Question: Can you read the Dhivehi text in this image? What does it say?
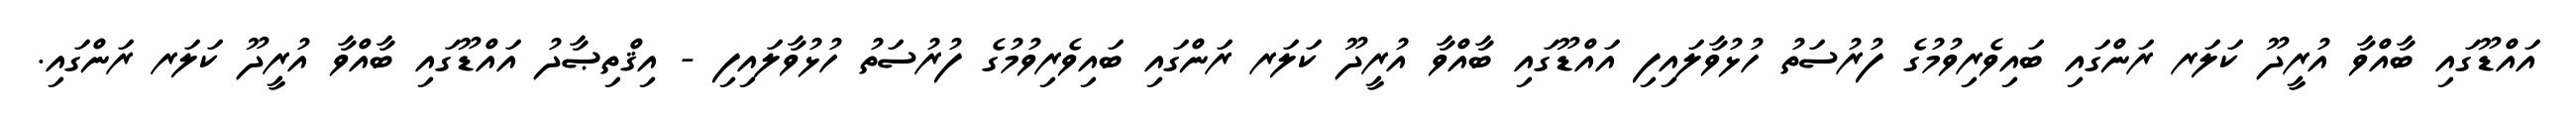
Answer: އައްޑޫގައި ބާއްވާ އުރީދޫ ކަލަރ ރަންގައި ބައިވެރިވުމުގެ ފުރުސަތު ހުޅުވާލައިފި އައްޑޫގައި ބާއްވާ އުރީދޫ ކަލަރ ރަންގައި ބައިވެރިވުމުގެ ފުރުސަތު ހުޅުވާލައިފި - އިޤްތިޞާދު އައްޑޫގައި ބާއްވާ އުރީދޫ ކަލަރ ރަންގައި.